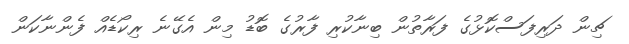
ޗިން ދަރިފަސްކޮޅުގެ ފަރާތުން ބިނާކުރި ފާރުގެ ބޮޑު މިން އެގޭނެ ރިކޯޑެއް ފެންނާކަން